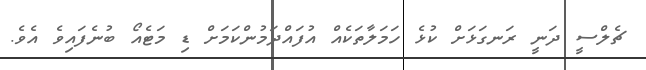
ޗެލްސީ ދަނީ ރަނގަޅަށް ކުޅެ ހަމަލާތަކެއް އުފައްދަމުންކަމަށް ޑި މަޓެއޯ ބުނެފައިވެ އެވެ.